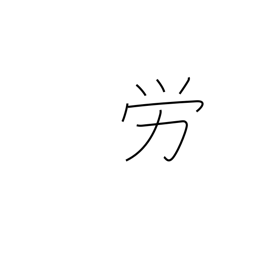
Meaning: labor